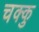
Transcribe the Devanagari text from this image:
चक्कु